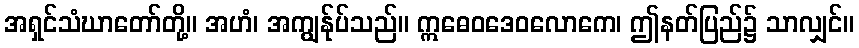
အရှင်သံဃာတော်တို့။ အဟံ၊ အကျွန်ုပ်သည်။ ဣဓေဝဒေဝလောကေ၊ ဤနတ်ပြည်၌ သာလျှင်။